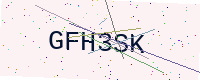
Text: GFH3SK